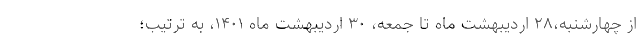
از چهارشنبه،۲۸ اردیبهشت ماه تا جمعه، ۳۰ اردیبهشت ماه ۱۴۰۱، به ترتیب؛